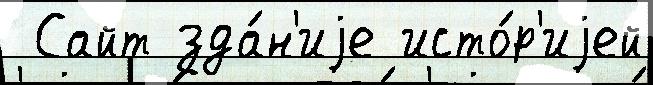
 Сайт зда́н'иjе исто́р'иjей